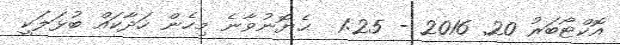
އޮކްޓޯބަރު 20